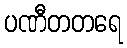
ပဏီတတရေ